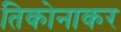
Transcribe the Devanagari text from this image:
तिकोनाकर